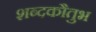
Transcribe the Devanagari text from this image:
शब्दकौतुभ